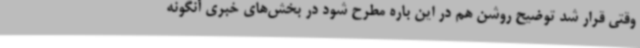
وقتی قرار شد توضیح روشن هم در این باره مطرح شود در بخش‌های خبری آنگونه